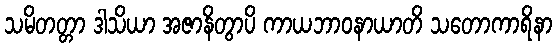
သမိတတ္တာ ဒါသိယာ အဇာနိတွာပိ ကာယဘာဝနာယာတိ သတောကာရိနာ